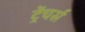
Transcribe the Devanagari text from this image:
ट्रेंचर्स